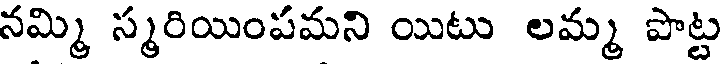
నమ్మి స్మరియింపమని యిటు లమ్మ పొట్ట